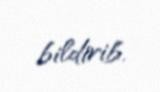
bildirib.